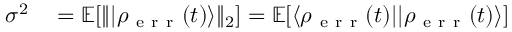
\begin{array} { r l } { \sigma ^ { 2 } } & { { } = \mathbb { E } [ \| | \rho _ { \mathrm { ~ e ~ r ~ r ~ } } ( t ) \rangle \| _ { 2 } ] = \mathbb { E } [ \langle \rho _ { \mathrm { ~ e ~ r ~ r ~ } } ( t ) | | \rho _ { \mathrm { ~ e ~ r ~ r ~ } } ( t ) \rangle ] } \end{array}